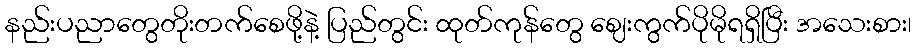
နည်းပညာတွေတိုးတက်စေဖို့နဲ့ ပြည်တွင်း ထုတ်ကုန်တွေ ဈေးကွက်ပိုမိုရရှိပြီး အသေးစား၊